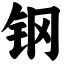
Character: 钢